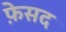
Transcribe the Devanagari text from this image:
फ़ेसद